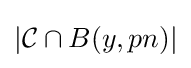
|{\mathcal {C}}\cap B(y,pn)|